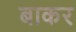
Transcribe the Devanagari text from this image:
बाकर